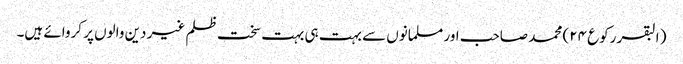
( البقر رکوع ۲۴) محمد صاحب اور مسلمانوں سے بہت ہی بہت سخت ظلم غیر دین والوں پر کروائے ہیں۔